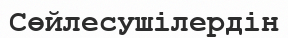
Сөйлесушілердін